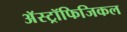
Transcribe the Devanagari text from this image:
अॅस्ट्रॉफिजिकल